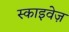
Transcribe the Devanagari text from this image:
स्काइवेज़